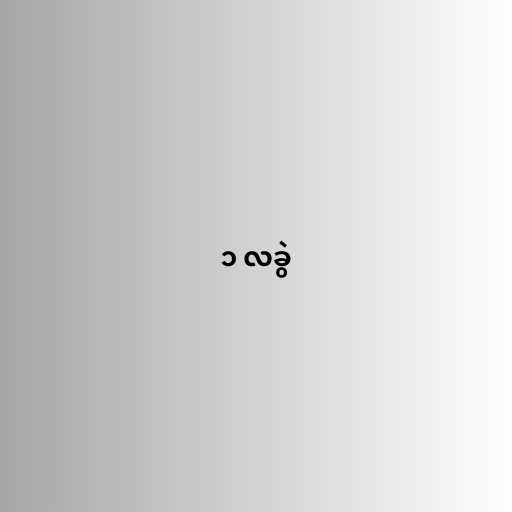
၁ လခွဲ